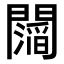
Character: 𮤥